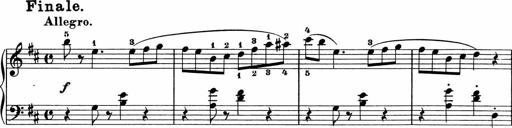
Title: 5 Sonatinen fÃ¼r die Jugend
Composer: Carl Reinecke